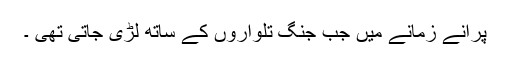
پرانے زمانے میں جب جنگ تلواروں کے ساتھ لڑی جاتی تھی ۔